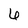
Character: 6